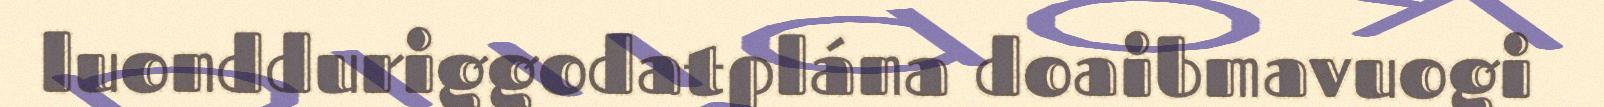
luondduriggodatplána doaibmavuogi